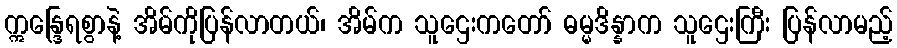
ဣန္ဒြေရစွာနဲ့ အိမ်ကိုပြန်လာတယ်၊ အိမ်က သူဌေးကတော် ဓမ္မဒိန္နာက သူဌေးကြီး ပြန်လာမည့်